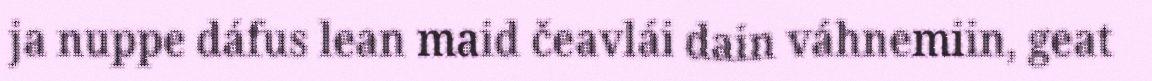
ja nuppe dáfus lean maid čeavlái dain váhnemiin, geat